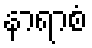
နာရာစံ